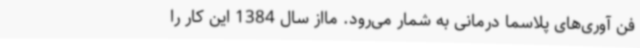
فن آوری‌های پلاسما درمانی به شمار می‌رود. مااز سال 1384 این کار را